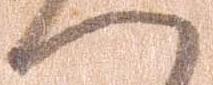
へ